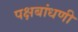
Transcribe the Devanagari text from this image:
पक्षबांधणी